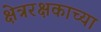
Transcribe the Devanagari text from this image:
क्षेत्ररक्षकाच्या